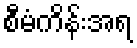
စီမံကိန်းအရ